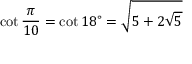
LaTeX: \cot { \frac { \pi } { 1 0 } } = \cot 1 8 ^ { \circ } = { \sqrt { 5 + 2 { \sqrt { 5 } } } }